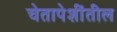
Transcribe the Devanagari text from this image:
चेतापेशींतील